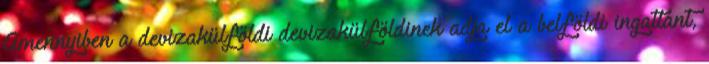
Amennyiben a devizakülföldi devizakülföldinek adja el a belföldi ingatlant,